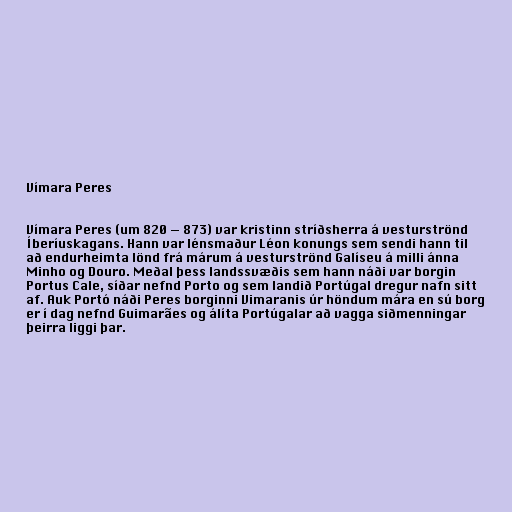
Vímara Peres

Vímara Peres (um 820 — 873) var kristinn stríðsherra á vesturströnd
Íberíuskagans. Hann var lénsmaður Léon konungs sem sendi hann til
að endurheimta lönd frá márum á vesturströnd Galíseu á milli ánna
Minho og Douro. Meðal þess landssvæðis sem hann náði var borgin
Portus Cale, síðar nefnd Porto og sem landið Portúgal dregur nafn sitt
af. Auk Portó náði Peres borginni Vimaranis úr höndum mára en sú borg
er í dag nefnd Guimarães og álíta Portúgalar að vagga siðmenningar
þeirra liggi þar.